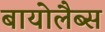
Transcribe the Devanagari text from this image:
बायोलैब्स